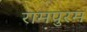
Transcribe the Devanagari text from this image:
रामपुरम